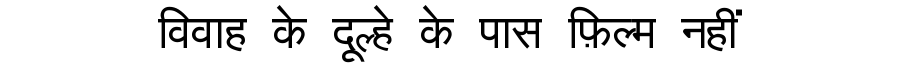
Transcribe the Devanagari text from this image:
विवाह के दूल्हे के पास फ़िल्म नहीं